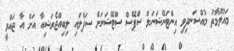
މައުލޫމާތު މުއްސަނދިވި އިންޓަނޭޝަނަލް ސްޕޭސް ސްޓޭޝަނަށް ސަޕްލައި ލިބިއްޖެރަޝިއާ އަށް އާ ޖައްވީ